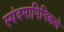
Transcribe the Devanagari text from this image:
स्पंदमापिनिकले